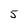
Character: 5